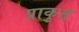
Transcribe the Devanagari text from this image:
प्राकृुत